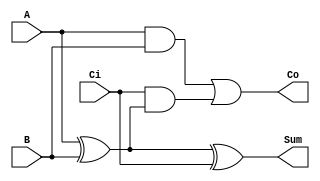
module fulladder(Sum,Co,A,B,Ci);
	input A,B,Ci;
	output Sum,Co;
	wire 	S1,S2,S3;
		xor (Sum,A,B,Ci);
		and (S1,A,B);
		xor (S2,A,B);
		and	(S3,Ci,S2);
		or  (Co,S1,S3);
endmodule		

module bitfulladder(Sum,Co,A,B,Ci);
	input [7:0] A,B;
	input Ci;
	output [7:0]Sum,Co;
		fulladder	UO(Sum[0],Co[0],A[0],B[0],Ci);
		fulladder	U1(Sum[1],Co[1],A[1],B[1],Co[0]);
		fulladder 	U2(Sum[2],Co[2],A[2],B[2],Co[1]);
		fulladder	U3(Sum[3],Co[3],A[3],B[3],Co[2]);
		fulladder	U4(Sum[4],Co[4],A[4],B[4],Co[3]);
		fulladder	U5(Sum[5],Co[5],A[5],B[5],Co[4]);
		fulladder	U6(Sum[6],Co[6],A[6],B[6],Co[5]);
		fulladder	U7(Sum[7],Co[7],A[7],B[7],Co[6]);
endmodule